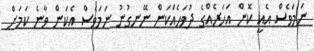
ނަމަވެސް އެއީ ކޮން އަހަރެއްގެ ދުވަހެއްކަން ނޭނގުނު ނަމަވެސް އެކަން ވާނެ ކަމަށް